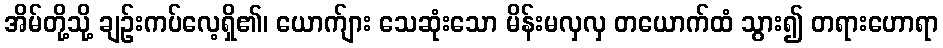
အိမ်တို့သို့ ချဉ်းကပ်လေ့ရှိ၏၊ ယောက်ျား သေဆုံးသော မိန်းမလှလှ တယောက်ထံ သွား၍ တရားဟောရာ